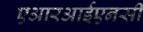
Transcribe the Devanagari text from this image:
एआरआईएनसी